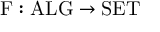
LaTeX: \mathrm { F } : \mathrm { A L G } \to \mathrm { S E T }